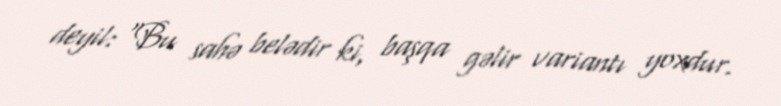
deyil: “Bu sahə belədir ki, başqa gəlir variantı yoxdur.